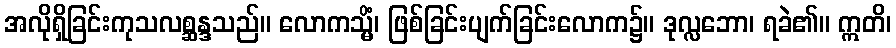
အလိုရှိခြင်းကုသလစ္ဆန္ဒသည်။ လောကသ္မိံ၊ ဖြစ်ခြင်းပျက်ခြင်းလောက၌။ ဒုလ္လဘော၊ ရခဲ၏။ ဣတိ၊